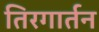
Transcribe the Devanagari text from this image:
तिरगार्तन